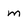
Character: m